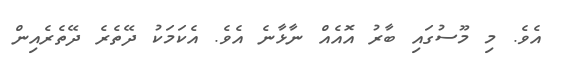
އެވެ. މި މޫސުގައި ބާރު އޮއެއް ނާޅާނެ އެވެ. އެކަމަކު ދޭތެރެ ދޭތެރެއިން